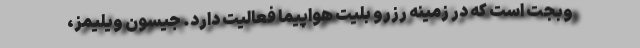
وبجت است که در زمینه رزرو بلیت هواپیما فعالیت دارد. جیسون ویلیمز،